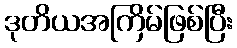
ဒုတိယအကြိမ်ဖြစ်ပြီး